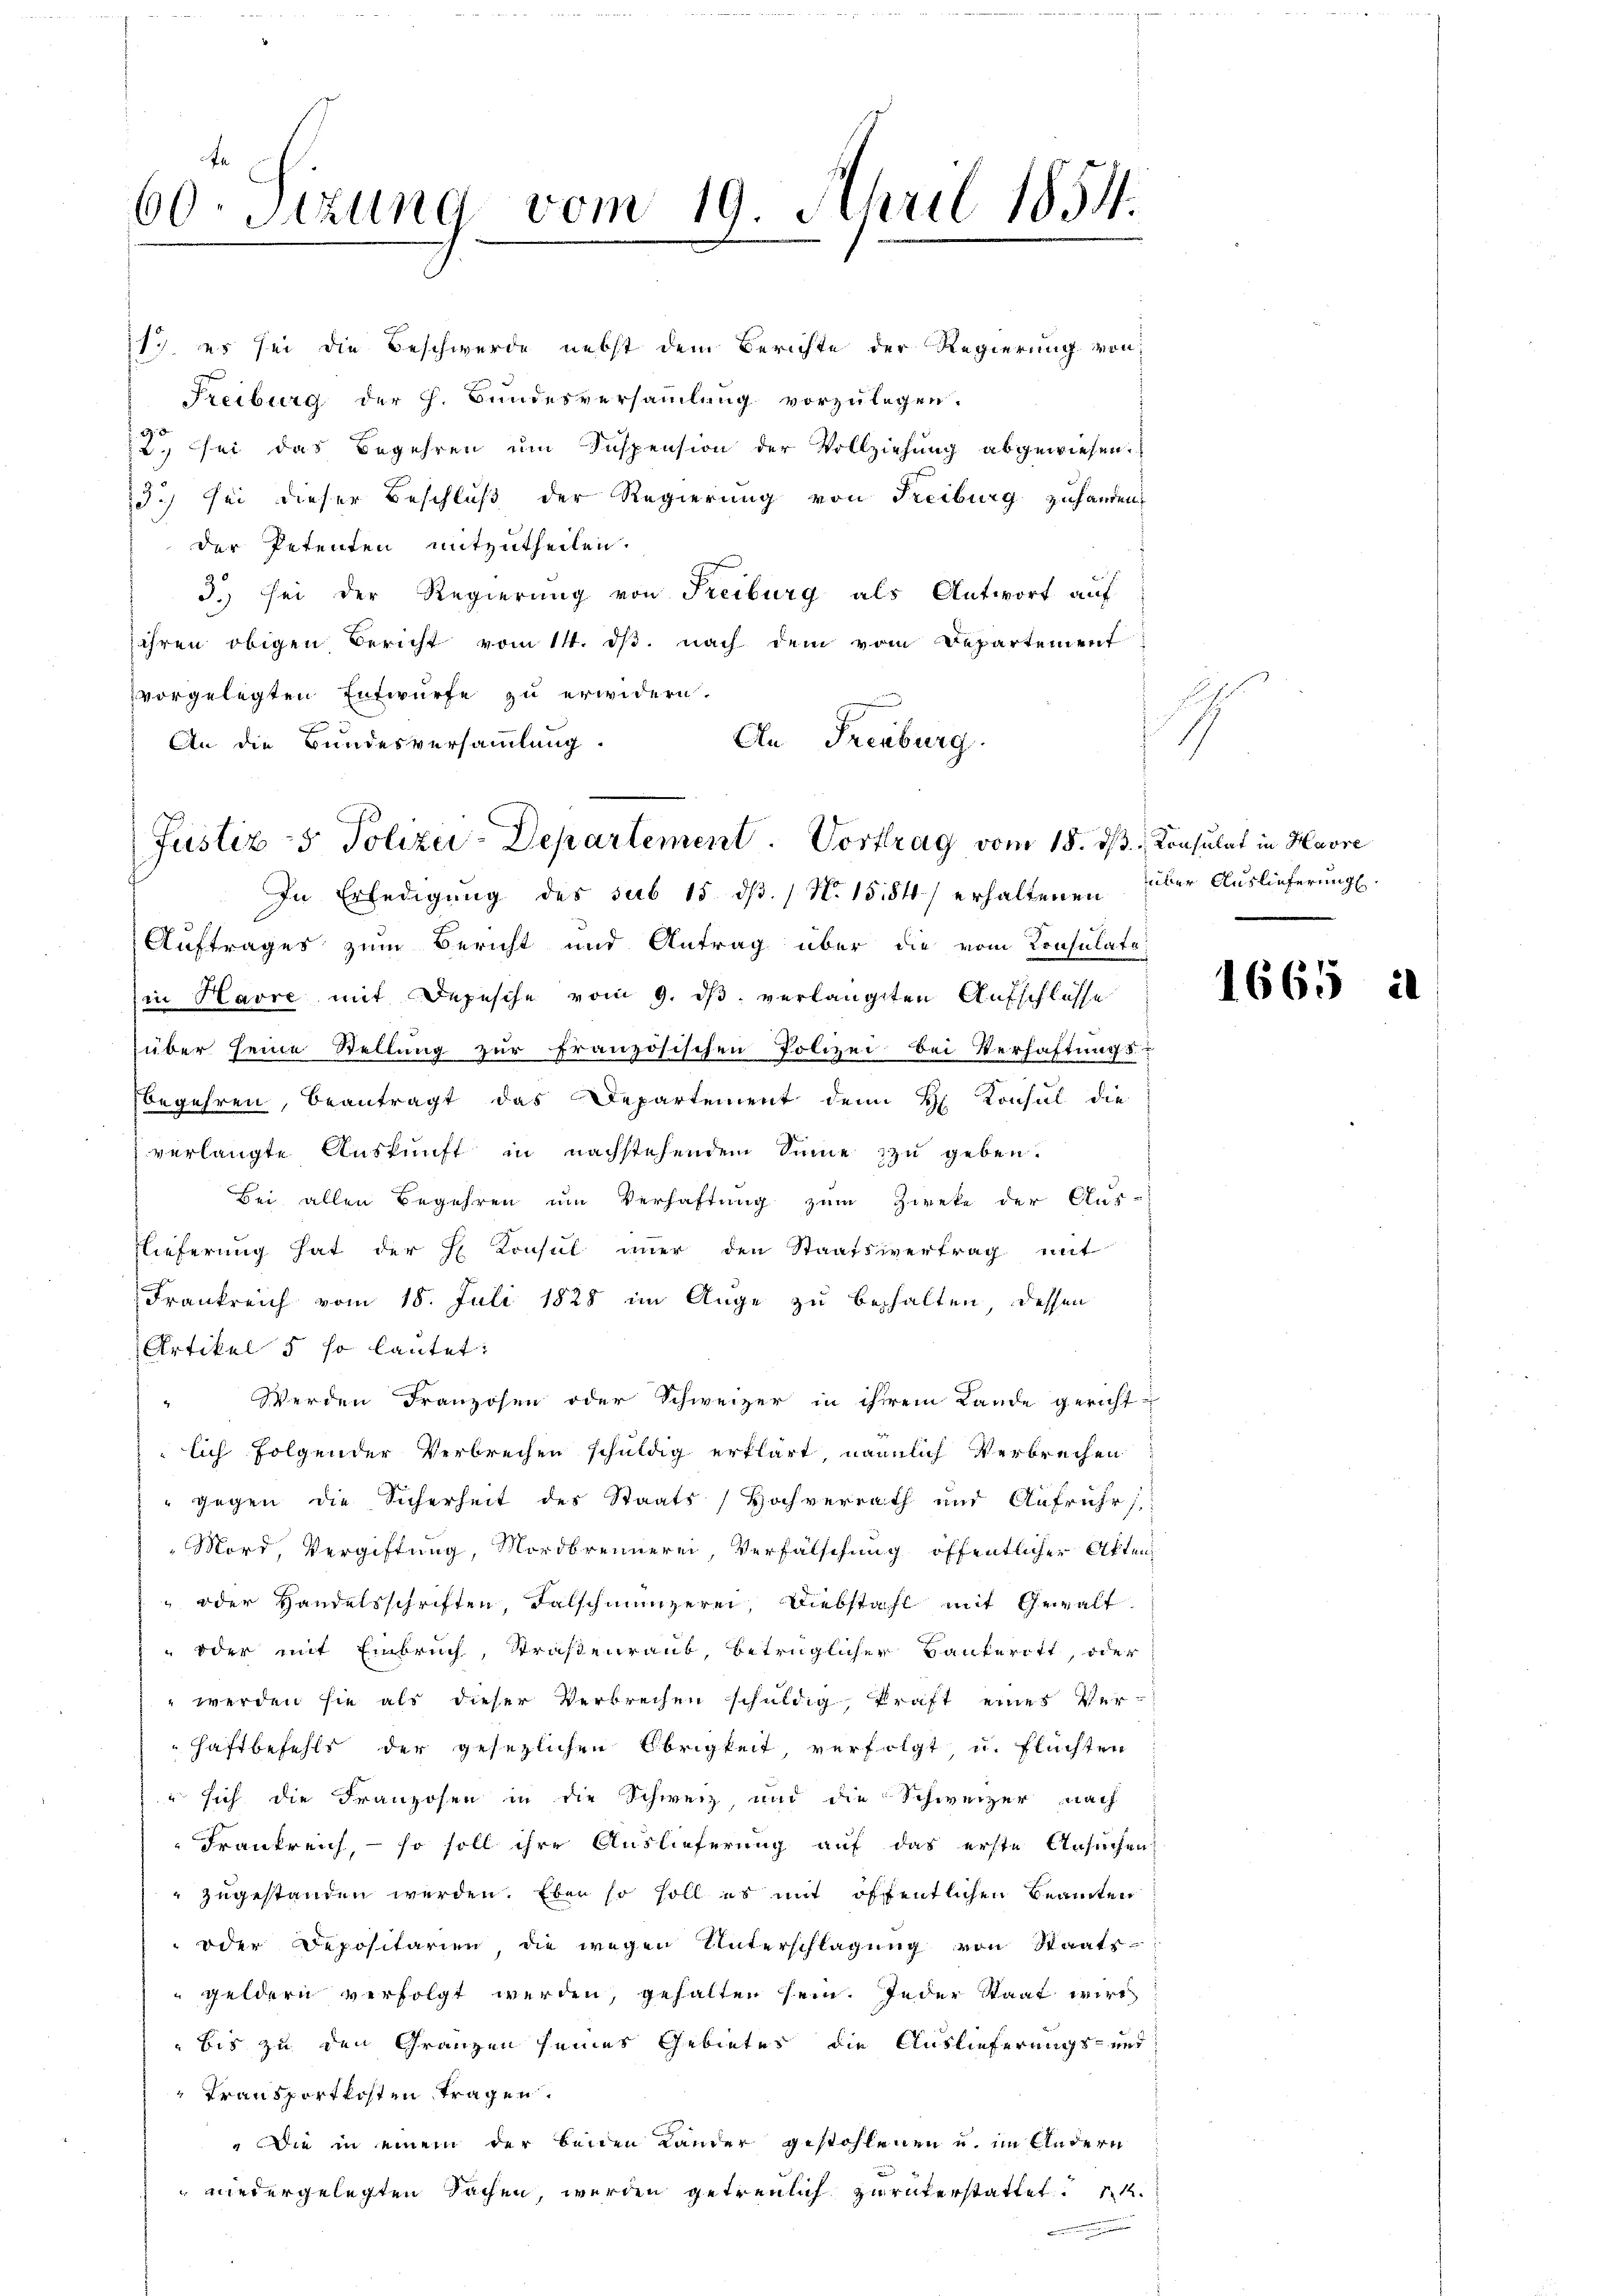
60. Sitzung vom 19. April 1854.

Justiz- & Polizei-Departement. Vortrag vom 18. ds. Consulat in Havre
In Erledigung des sub 15. dβ. / N. 1584) erhaltenen über Auslieferung.

17. es sei die Beschwerde nebst dem Berichte der Regierung von
Freiburg der h. Bundesversammlung vorzulegen.
2., sei das Begehren um Suspension der Vollziehung abgewiesen.
23.) sei dieser Beschluß der Regierung von Freiburg zuhanden,
der Petenten mitzutheilen.
3.) Sei der Regierung von Freiburg als Antwort auf
ihren obigen Bericht vom 14. dβ. nach dem vom Departement
vorgelegten Entwurfe zu erwidern.
An Freiburg.
An die Bundesversammlung.

Auftrages zum Bericht und Antrag über die vom Konsulate
in Havre mit Depesche vom 9. ds. verlangten Aufschlüsse
über seine Stellung zur französischen Polizei bei Verhaftungs-
begehren, beantragt das Departement dem H. Konsul die
verlangte Auskunft in nachstehendem Sinne zu geben.
Bei allen Begehren um Verhaftung zum Zweke der Aus-
Flieferung hat der H. Konsul imer den Staatsvertrag mit
Frankreich vom 18. Juli 1828 im Auge zu behalten, dessen
Artikel 5 so lautet:
Werden Franzosen oder Schweizer in ihrem Lande gerichtlich folgender Verbrechen schuldig erklärt, nämmlich Verbrechen
 gegen die Sicherheit des Staats, Hochverrath und Aufruhrs
Mort, Vergiftung, Mordbrennerei, Verfälschung öffentlicher Akten
 oder Handelsschriften, Falschmünzerei, Diebstahl mit Gewalt
 oder mit Einbruch, Straßenraub, betrüglicher Baukeritt, oder
 werden sie als dieser Verbrechen schuldig, kraft eines Ver¬
Haftbefehls der gesezlichen Obrigkeit, verfolgt u. Flüchten
" sich die Franzosen in die Schweiz und die Schweizer nach
Frankreich, – so soll ihre Auslieferung auf das erste Ansuchen
 zugestanden werden. Eben so soll es mit öffentlichen Beamten
oder Depositarien, die wegen Unterschlagung von Staats-
geldern verfolgt werden, gehalten sein. Jeder Staat wird
bis zu den Gränzen seines Gebietes die Auslieferungs- und
Transportkosten tragen.
 Die in einem der beiden Lander gestohlenen u. im Kindern
 niedergelegten Sachen, werden getreulich zurückerstattet

1

1665 i